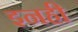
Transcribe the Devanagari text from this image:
इनही